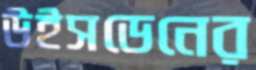
উইসডেনের